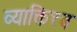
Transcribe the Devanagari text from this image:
व्याक्तित्त्व